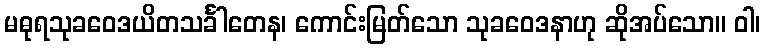
မဓုရသုခဝေဒယိတသင်္ခါတေန၊ ကောင်းမြတ်သော သုခဝေဒနာဟု ဆိုအပ်သော။ ဝါ၊